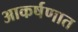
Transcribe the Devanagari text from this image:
आकर्षणात